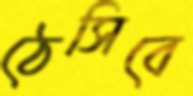
ঠেসিবে